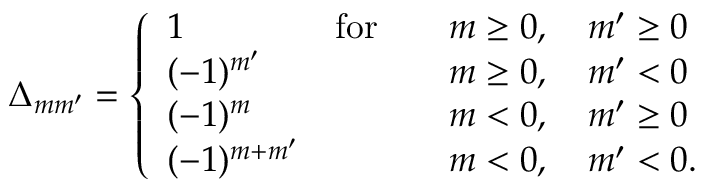
\Delta _ { m m ^ { \prime } } = \left\{ \begin{array} { l l l } { 1 \quad \quad } & { \mathrm { f o r } } & { \quad m \geq 0 , \quad m ^ { \prime } \geq 0 } \\ { ( - 1 ) ^ { m ^ { \prime } } } & { } & { \quad m \geq 0 , \quad m ^ { \prime } < 0 } \\ { ( - 1 ) ^ { m } } & { } & { \quad m < 0 , \quad m ^ { \prime } \geq 0 } \\ { ( - 1 ) ^ { m + m ^ { \prime } } } & { } & { \quad m < 0 , \quad m ^ { \prime } < 0 . } \end{array} \right.